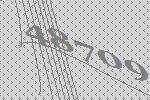
48709